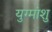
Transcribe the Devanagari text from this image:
युग्मांशु